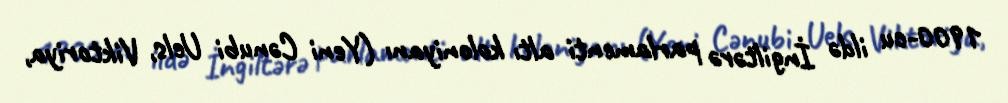
1900-cu ildə İngiltərə parlamenti altı koloniyanı (Yeni Cənubi Uels, Viktoriya,